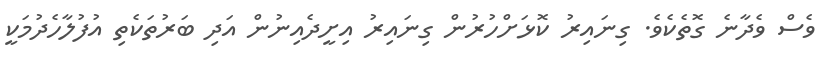
ވެސް ވެދާނެ ގޮތެކެވެ. ގިނައިރު ކޮޅަށްހުރުން ގިނައިރު އިށީދެއިނުން އަދި ބަރުތަކެތި އުފުލާހެދުމަކީ